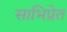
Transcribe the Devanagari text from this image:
साभिप्रेत